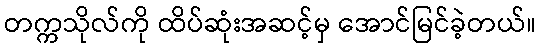
တက္ကသိုလ်ကို ထိပ်ဆုံးအဆင့်မှ အောင်မြင်ခဲ့တယ်။